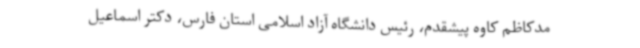
مدکاظم کاوه پیشقدم، رئیس دانشگاه آزاد اسلامی استان فارس، دکتر اسماعیل